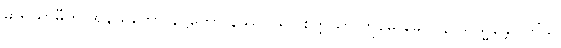
ဓာရယာမီတိ အနိယတော နိဋ္ဌိတော နိဿဂ္ဂိယပါစိတ္တိယာ ဣမေ ခေါ ပနာယသ္မန္တော တိံသ